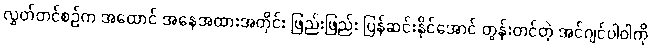
လွှတ်တင်စဉ်က အထောင် အနေအထားအတိုင်း ဖြည်းဖြည်း ပြန်ဆင်းနိုင်အောင် တွန်းတင်တဲ့ အင်ဂျင်ပါဝါကို